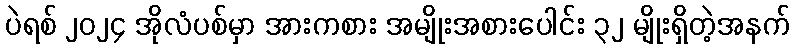
ပဲရစ် ၂၀၂၄ အိုလံပစ်မှာ အားကစား အမျိုးအစားပေါင်း ၃၂ မျိုးရှိတဲ့အနက်